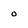
Character: o